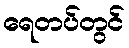
ရေတပ်တွင်